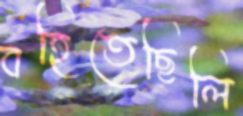
বহিতেছিলি